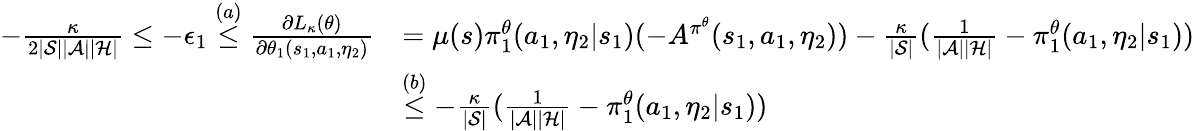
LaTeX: \begin{array}{rl}{-\frac{\kappa}{2|\mathcal{S}||\mathcal{A}||\mathcal{H}|}\le-\epsilon_{1}\overset{(a)}{\le}\frac{\partial L_{\kappa}(\theta)}{\partial\theta_{1}(s_{1},a_{1},\eta_{2})}}&{=\mu(s)\pi_{1}^{\theta}(a_{1},\eta_{2}|s_{1})(-A^{\pi^{\theta}}(s_{1},a_{1},\eta_{2}))-\frac{\kappa}{|\mathcal{S}|}(\frac{1}{|\mathcal{A}||\mathcal{H}|}-\pi_{1}^{\theta}(a_{1},\eta_{2}|s_{1}))}\\ &{\overset{(b)}{\le}-\frac{\kappa}{|\mathcal{S}|}(\frac{1}{|\mathcal{A}||\mathcal{H}|}-\pi_{1}^{\theta}(a_{1},\eta_{2}|s_{1}))}\end{array}